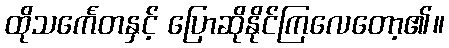
ထိုသင်္ကေတနှင့် ပြောဆိုနိုင်ကြလေတော့၏။